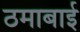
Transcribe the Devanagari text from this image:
ठमाबाई